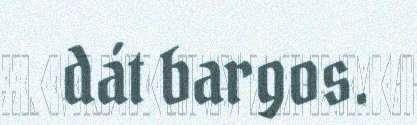
dát bargos.